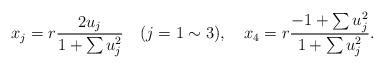
LaTeX: \begin{align*}x_j=r\frac{2u_j}{1+\sum u_j^2}\quad (j=1 \sim 3),\quad x_4=r\frac{-1+\sum u_j^2}{1+\sum u_j^2}.\end{align*}